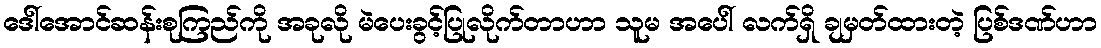
ဒေါ်အောင်ဆန်းစုကြည်ကို အခုလို မဲပေးခွင့်ပြုလိုက်တာဟာ သူမ အပေါ် လက်ရှိ ချမှတ်ထားတဲ့ ပြစ်ဒဏ်ဟာ